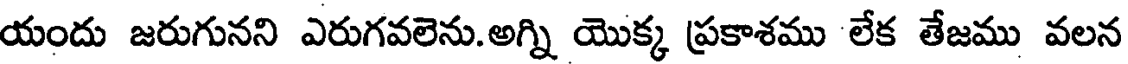
యందు జరుగునని ఎరుగవలెను.అగ్ని యొక్క ప్రకాశము లేక తేజము వలన